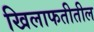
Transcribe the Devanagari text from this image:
खिलाफतीतील